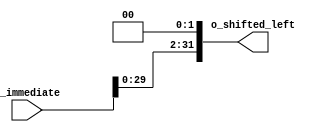
`timescale 1ns / 1ps
//////////////////////////////////////////////////////////////////////////////////
// Company: 
// Engineer: 
// 
// Create Date: 
// Design Name: 
// Module Name: shift_2
// Project Name: 
// Target Devices: 
// Tool Versions: 
// Description: 
// 
// Dependencies: 
// 
// Revision:
// Revision 0.01 - File Created
// Additional Comments:
// 
//////////////////////////////////////////////////////////////////////////////////

//Este modulo hace un shift a la izquierda en 2, para los branches
module shift_2 #(
        parameter WIDTH = 32
    )
    (
        input [WIDTH-1:0] i_immediate,    
        output [WIDTH-1:0] o_shifted_left
    );
    
    assign o_shifted_left = i_immediate << 2;
endmodule